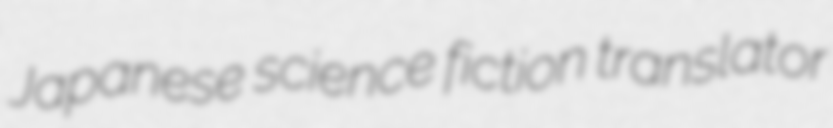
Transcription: Japanese science fiction translator